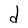
Character: d